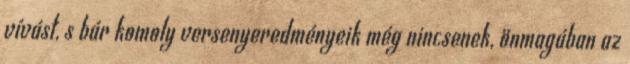
vívást, s bár komoly versenyeredményeik még nincsenek, önmagában az